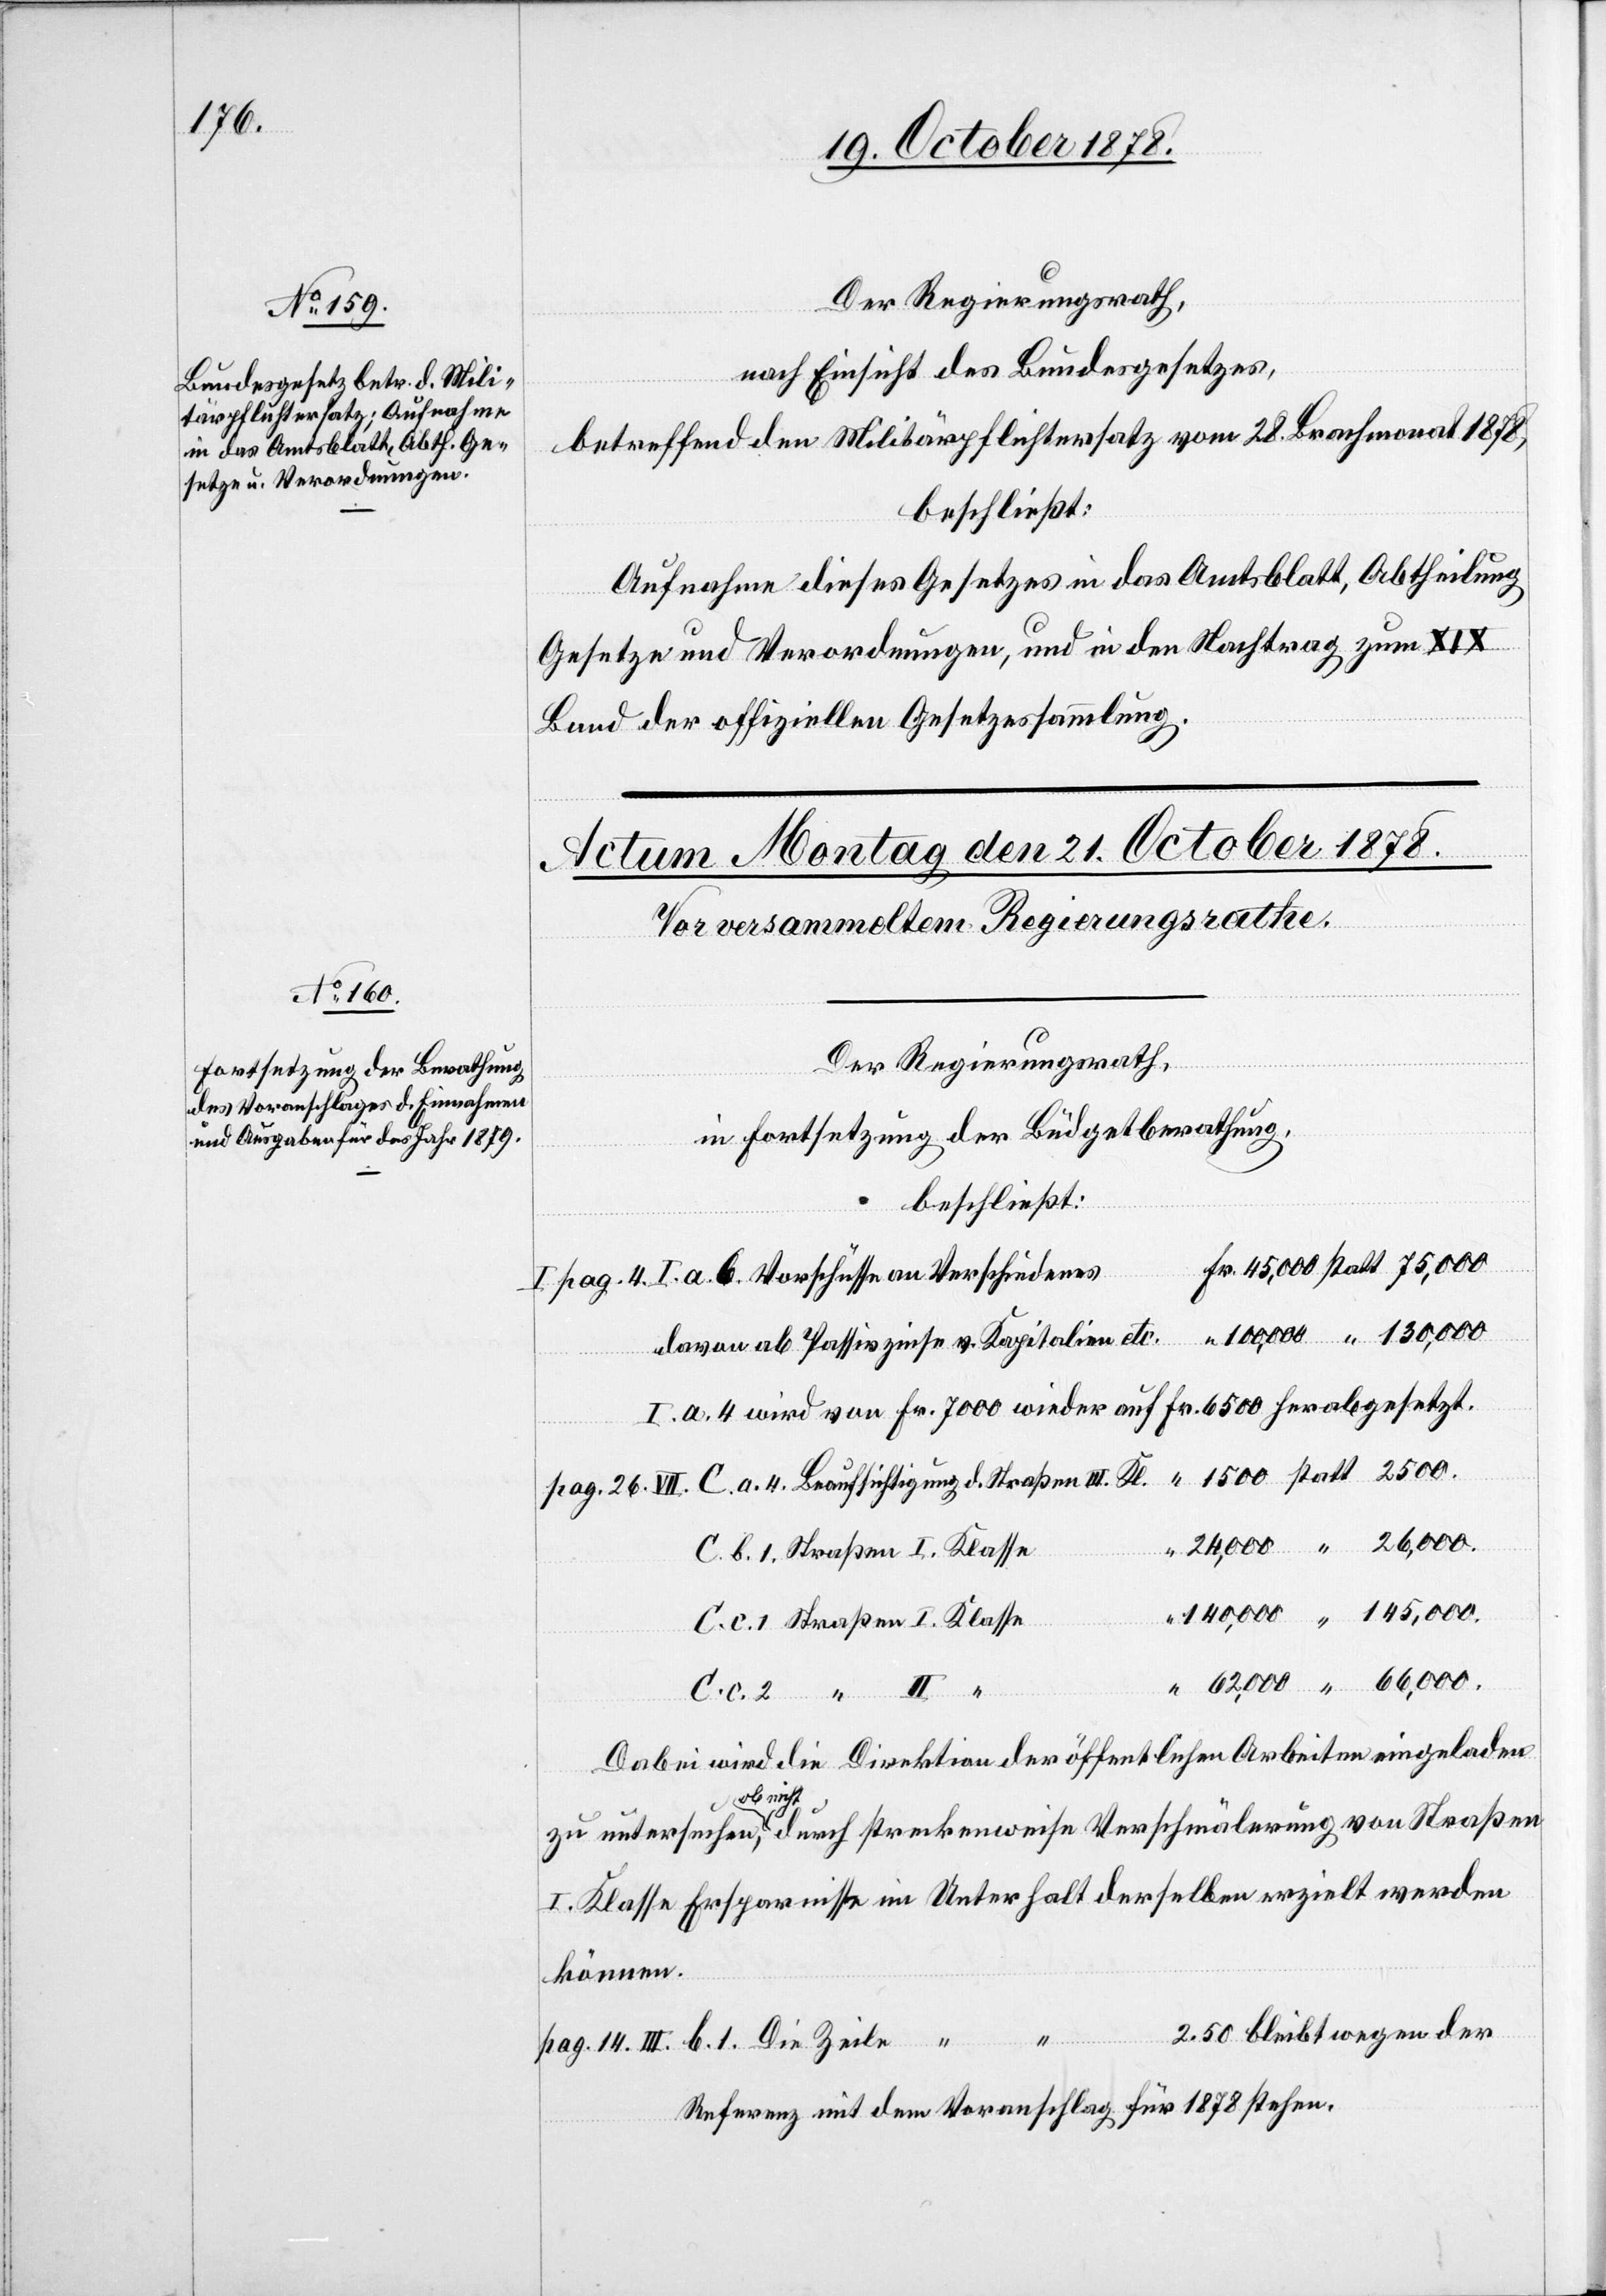
19. October 1878.]
Der Regierungsrath,
nach Einsicht des Bundesgesetzes,
Die
betreffend den Militärpflichtersatz vom 28. Brachmonat 1878,
beschließt:
Aufnahme dieses Gesetzes in das Amtsblatt, Abtheilung
“
Gesetze und Verordnungen, und in den Nachtrag zum XIX
Bund der offiziellen Gesetzessammlung.
Der Regierungsrath,
in Fortsetzung der Büdgetberathung,
beschließt:
I.
davon ab Passivzinse v. Kapitalien etc.
Dabei wird die Direktion der öffentlichen Arbeiten eingeladen
Zeile
I. Klasse Ersparnisse im Unterhalt derselben erzielt werden
können.
2.50 bleibt wegen der
Referenz mit dem Voranschlag für 1878 stehen.

erung